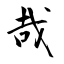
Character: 哉